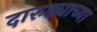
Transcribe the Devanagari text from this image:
दारुड्याच्या